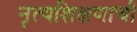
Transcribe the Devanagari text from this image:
नृत्यशिक्षणाची